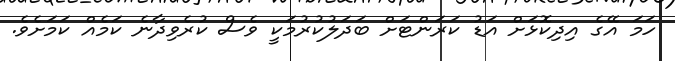
ހަމަ އޭގެ އިދިކޮޅަށް އަޑު ކަރަންޓަށް ބަދަލުކުރުމަކީ ވެސް ކުރެވިދާނެ ކަމެއް ކަމަށެވެ.